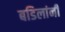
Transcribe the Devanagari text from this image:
बडिलांनी